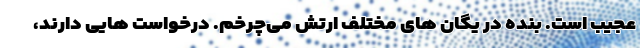
عجیب است. بنده در یگان های مختلف ارتش می‌چرخم. درخواست هایی دارند،